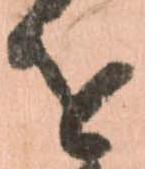
を